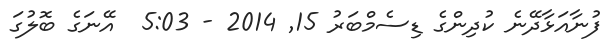
ފުނާއަޅާދޭނެ ކުދިންގެ ޑިސެމްބަރު 15